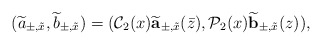
\begin{align*}(\widetilde a_{\pm,\tilde x},\widetilde b_{\pm,\tilde x})=(\mathcal C_2(x)\widetilde{\mbox{\bf a}}_{\pm,\tilde x}(\bar z),\mathcal P_2(x)\widetilde{\mbox{\bf b}}_{\pm,\tilde x}(z)),\end{align*}